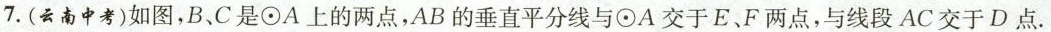
7.(云南中考)如图，B、C是⊙A上的两点，AB的垂直平分线与⊙A交于E、F两点，与线段AC交于D点.